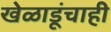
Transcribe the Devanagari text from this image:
खेळाडूंचाही